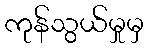
ကုန်သွယ်မှုမှ